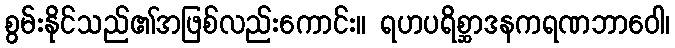
စွမ်းနိုင်သည်၏အဖြစ်လည်းကောင်း။ ရဟပရိစ္ဆာဒနကရဏဘာဝေါ၊